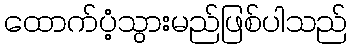
ထောက်ပံ့သွားမည်ဖြစ်ပါသည်